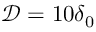
\mathcal { D } = 1 0 \delta _ { 0 }